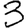
Digit: 3